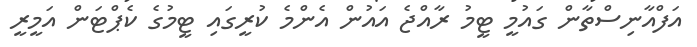
އަފްއާނިސްތާން ގައުމީ ޓީމު ރާއްޖެ އައުން އެންމެ ކުރީގައި ޓީމުގެ ކެޕްޓަން އަމީރީ